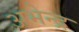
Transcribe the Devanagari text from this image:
अभेन्द्र